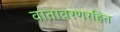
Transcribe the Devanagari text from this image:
वातावरणरहित